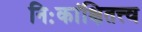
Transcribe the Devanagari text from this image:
निःकांक्षितत्त्व